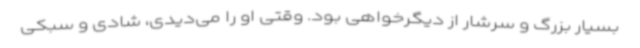
بسیار بزرگ و سرشار از دیگرخواهی بود. وقتی او را می‌دیدی، شادی و سبکی